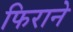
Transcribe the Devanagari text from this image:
फिराने